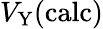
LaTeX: V_{\mathrm{Y}}(\mathrm{calc})